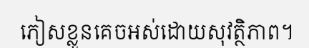
ភៀសខ្លួនគេចអស់ដោយសុវត្ថិភាព។